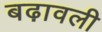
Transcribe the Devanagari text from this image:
बढ़ावली